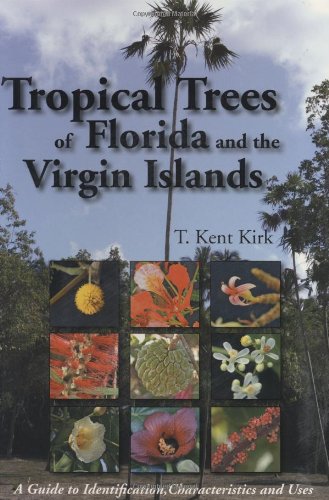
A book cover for Tropical Trees of Florida and the Virgin Islands: A Guide to Identification, Characteristics and Uses; T Kent Kirk; Crafts, Hobbies & Home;